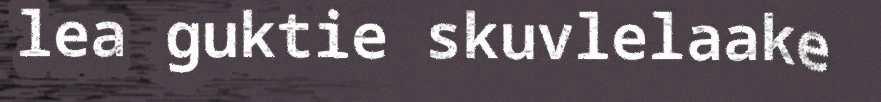
lea guktie skuvlelaake